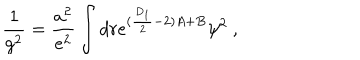
LaTeX: \frac { 1 } { g ^ { 2 } } = \frac { a ^ { 2 } } { e ^ { 2 } } \int d r e ^ { ( \frac { D _ { 1 } } { 2 } - 2 ) A + B } \psi ^ { 2 } ~ ,